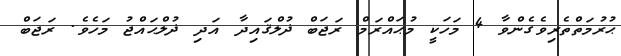
ޙުރުމަތްތެރިވެގެންވާ 4 މަހަކީ މުޙައްރަމް ރަޖަބް ޛުލްޤައިދާ އަދި ޛުލްޙައްޖު މަހެވެ. ރަޖަބް